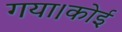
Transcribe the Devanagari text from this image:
गया।कोई